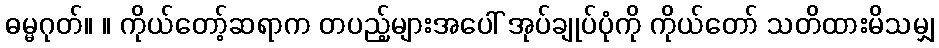
ဓမ္မဂုတ်။ ။ ကိုယ်တော့်ဆရာက တပည့်များအပေါ် အုပ်ချုပ်ပုံကို ကိုယ်တော် သတိထားမိသမျှ